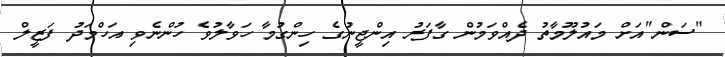
"ސަން"އަށް މައުލޫމާތު ދެއްވަމުން ގާފަރު އިންޖީނުގެ ހިންގުމާ ހަވާލުވެ ހުންނެވި އަހްމަދު ފަޒީލް